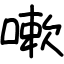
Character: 嗽